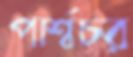
পার্শ্বচর